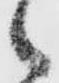
之